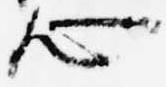
心